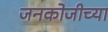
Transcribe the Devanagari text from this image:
जनकोजीच्या